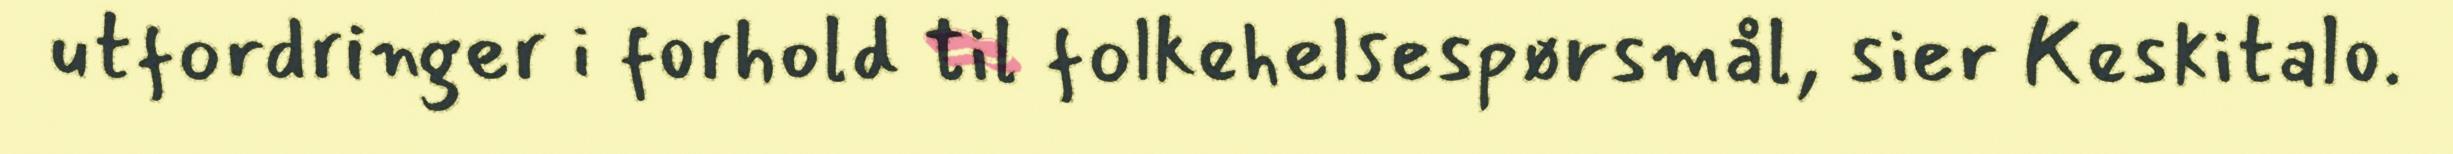
utfordringer i forhold til folkehelsespørsmål, sier Keskitalo.